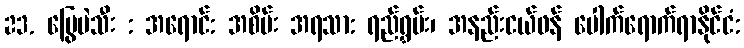
23. မြွေပဲသီး : အရောင်: အစိမ်း အရသာ: ရည်ရွှမ်း၊ အနည်းငယ်ဖန် ပေါက်ရောက်ရာနိုင်ငံ: